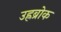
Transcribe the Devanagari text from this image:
उह्रब्रोक